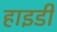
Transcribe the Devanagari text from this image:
हाइडी